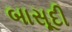
બાસૂદી